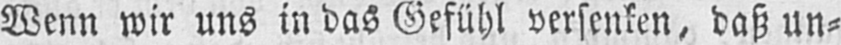
Wenn wir uns in das Gefühl versenken, daß un⸗